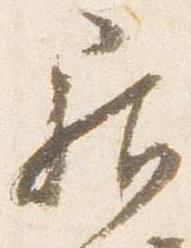
居